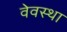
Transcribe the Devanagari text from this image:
वेवस्था